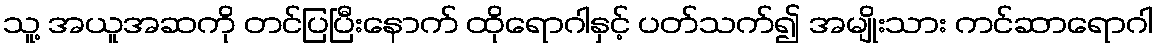
သူ့ အယူအဆကို တင်ပြပြီးနောက် ထိုရောဂါနှင့် ပတ်သက်၍ အမျိုးသား ကင်ဆာရောဂါ